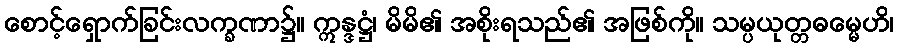
စောင့်ရှောက်ခြင်းလက္ခဏာ၌။ ဣန္ဒဋ္ဌံ၊ မိမိ၏ အစိုးရသည်၏ အဖြစ်ကို။ သမ္ပယုတ္တဓမ္မေဟိ၊